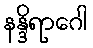
နန္ဒိရာဂေါ